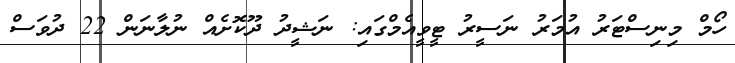
ހޯމް މިނިސްޓަރު އުމަރު ނަސީރު ޓީވީއެމްގައި: ނަޝީދު ދޫކޮށެއް ނުލާނަން 22 ދުވަސް